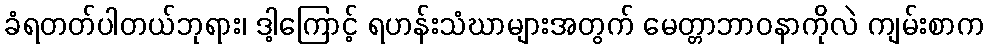
ခံရတတ်ပါတယ်ဘုရား၊ ဒါ့ကြောင့် ရဟန်းသံဃာများအတွက် မေတ္တာဘာဝနာကိုလဲ ကျမ်းစာက